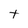
Character: t